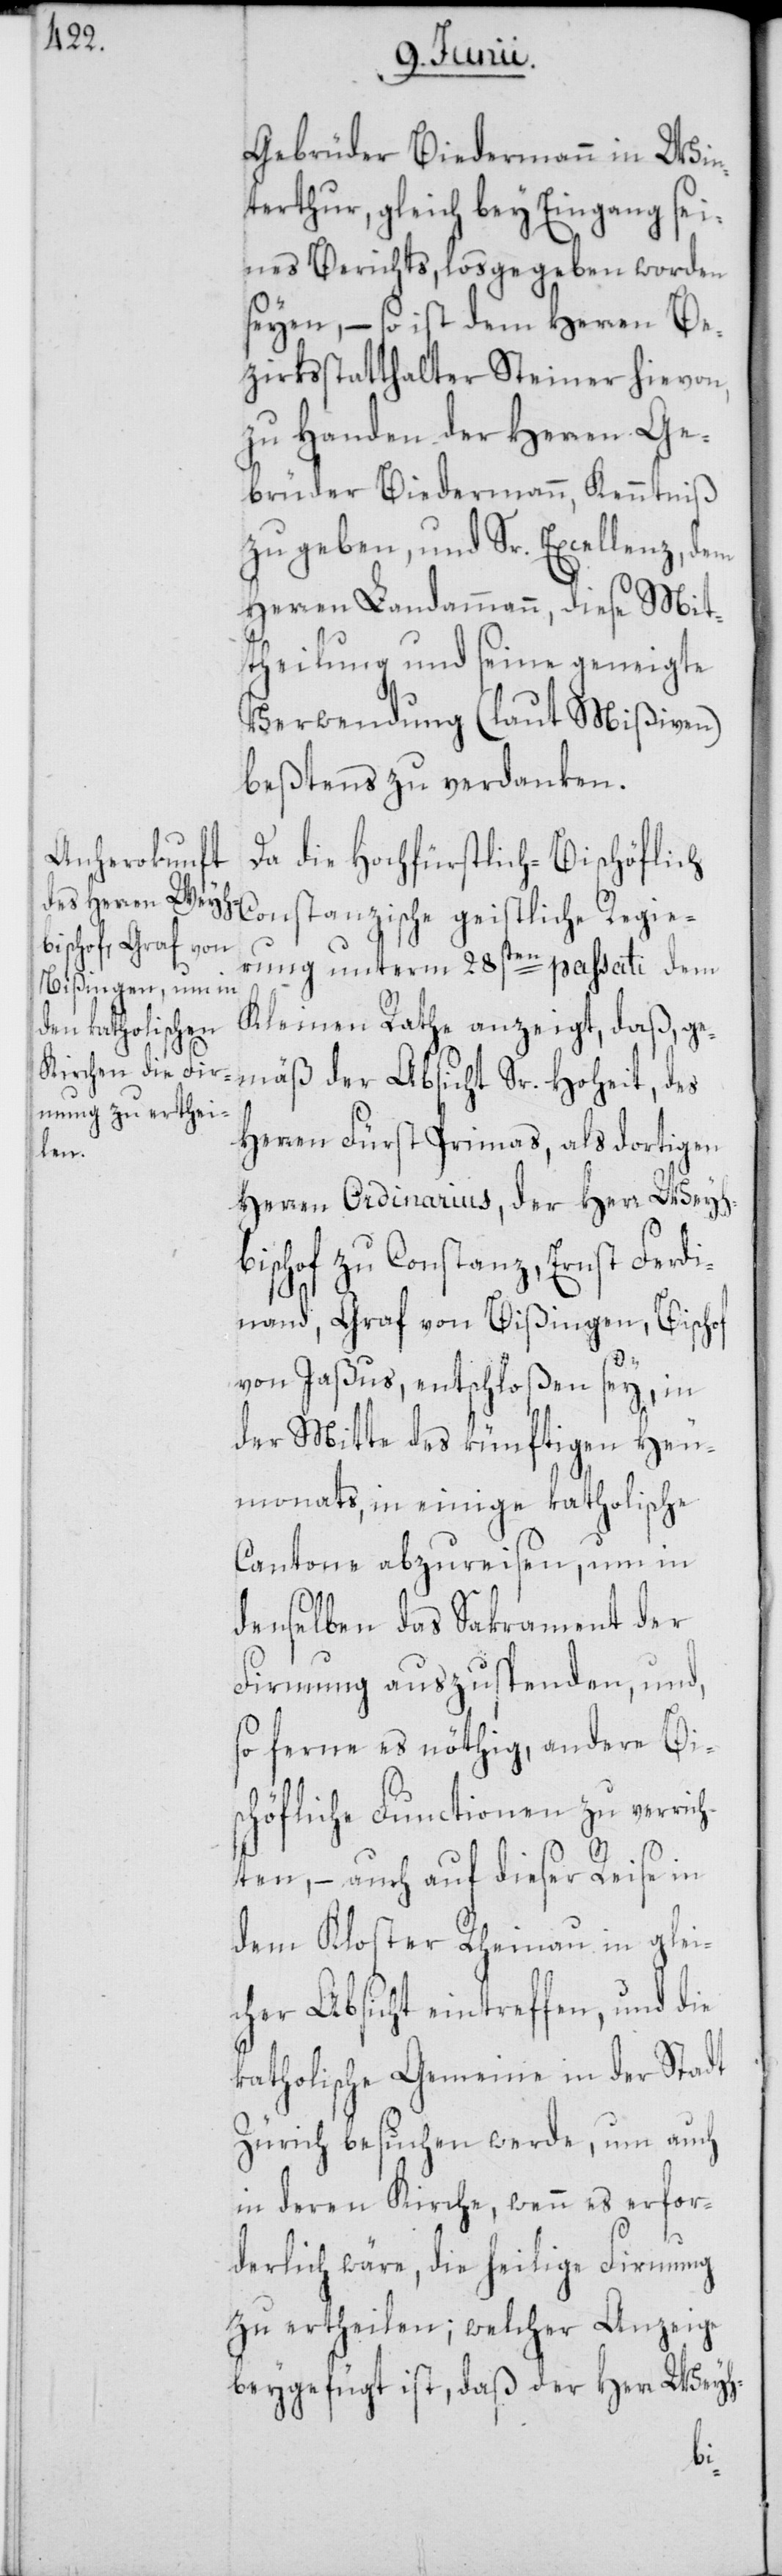
Gebrüder Biedermann in Win¬
terthur, gleich beym Eingang sei¬
nes Berichts, losgegeben worden
seyen, – so ist dem Herren Be¬
zirksstatthalter Steiner hievon,
zu Handen der Herren Ge¬
brüder Biedermann, Kenntniß
zu geben, und Sr. Excellenz, dem
Herren Landammann, diese Mit¬
theilung und seine geneigte
Verwendung (laut Mißiven)
beßtens zu verdanken.
Da die Hochfürstlich-Bischöflich
erung unterm 28sten passati dem
Kleinen Rathe anzeigt, daß, ge¬
mäß der Absicht Sr. Hoheit, des
Herren Fürst Primas, als dortigen
Regi¬
Herren Ordinarius, der Herr Weyh¬
bischof zu Constanz, Ernst Ferdi¬
nand, Graf von Bißingen, Bischof
von Jaßus, entschloßen sey, in
der Mitte des künftigen Heu¬
monats, in einige katholische
Cantone abzureisen, um in
denselben das Sakrament der
Firmung auszuspenden, und,
so ferne es nöthig, andere Bis¬
chöfliche Functionen zu verric¬
hten, – auch auf dieser Reise in
dem Kloster Rheinau in glei¬
cher Absicht eintreffen, und die
katholische Gemein[d]e in der Stadt
Zürich besuchen werde, um auch
in deren Kirche, wenn es erfor¬
derlich wäre, die heilige Firmung
zu ertheilen; welcher Anzeige
beygefügt ist, daß der Herr Weyh-